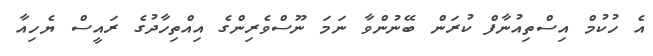
އެ ހުކުމް އިސްތިއުނާފް ކުރަން ބޭނުންވާ ނަމަ ނޫސްވެރިންގެ އިއްތިހާދުގެ ރައީސް ޔެހިއާ